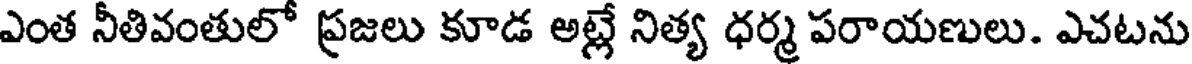
ఎంత నీతివంతులో ప్రజలు కూడ అట్లే నిత్య ధర్మ పరాయణులు. ఎచటను